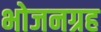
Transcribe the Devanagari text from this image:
भोजनग्रह